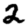
Digit: 2